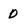
Character: 0